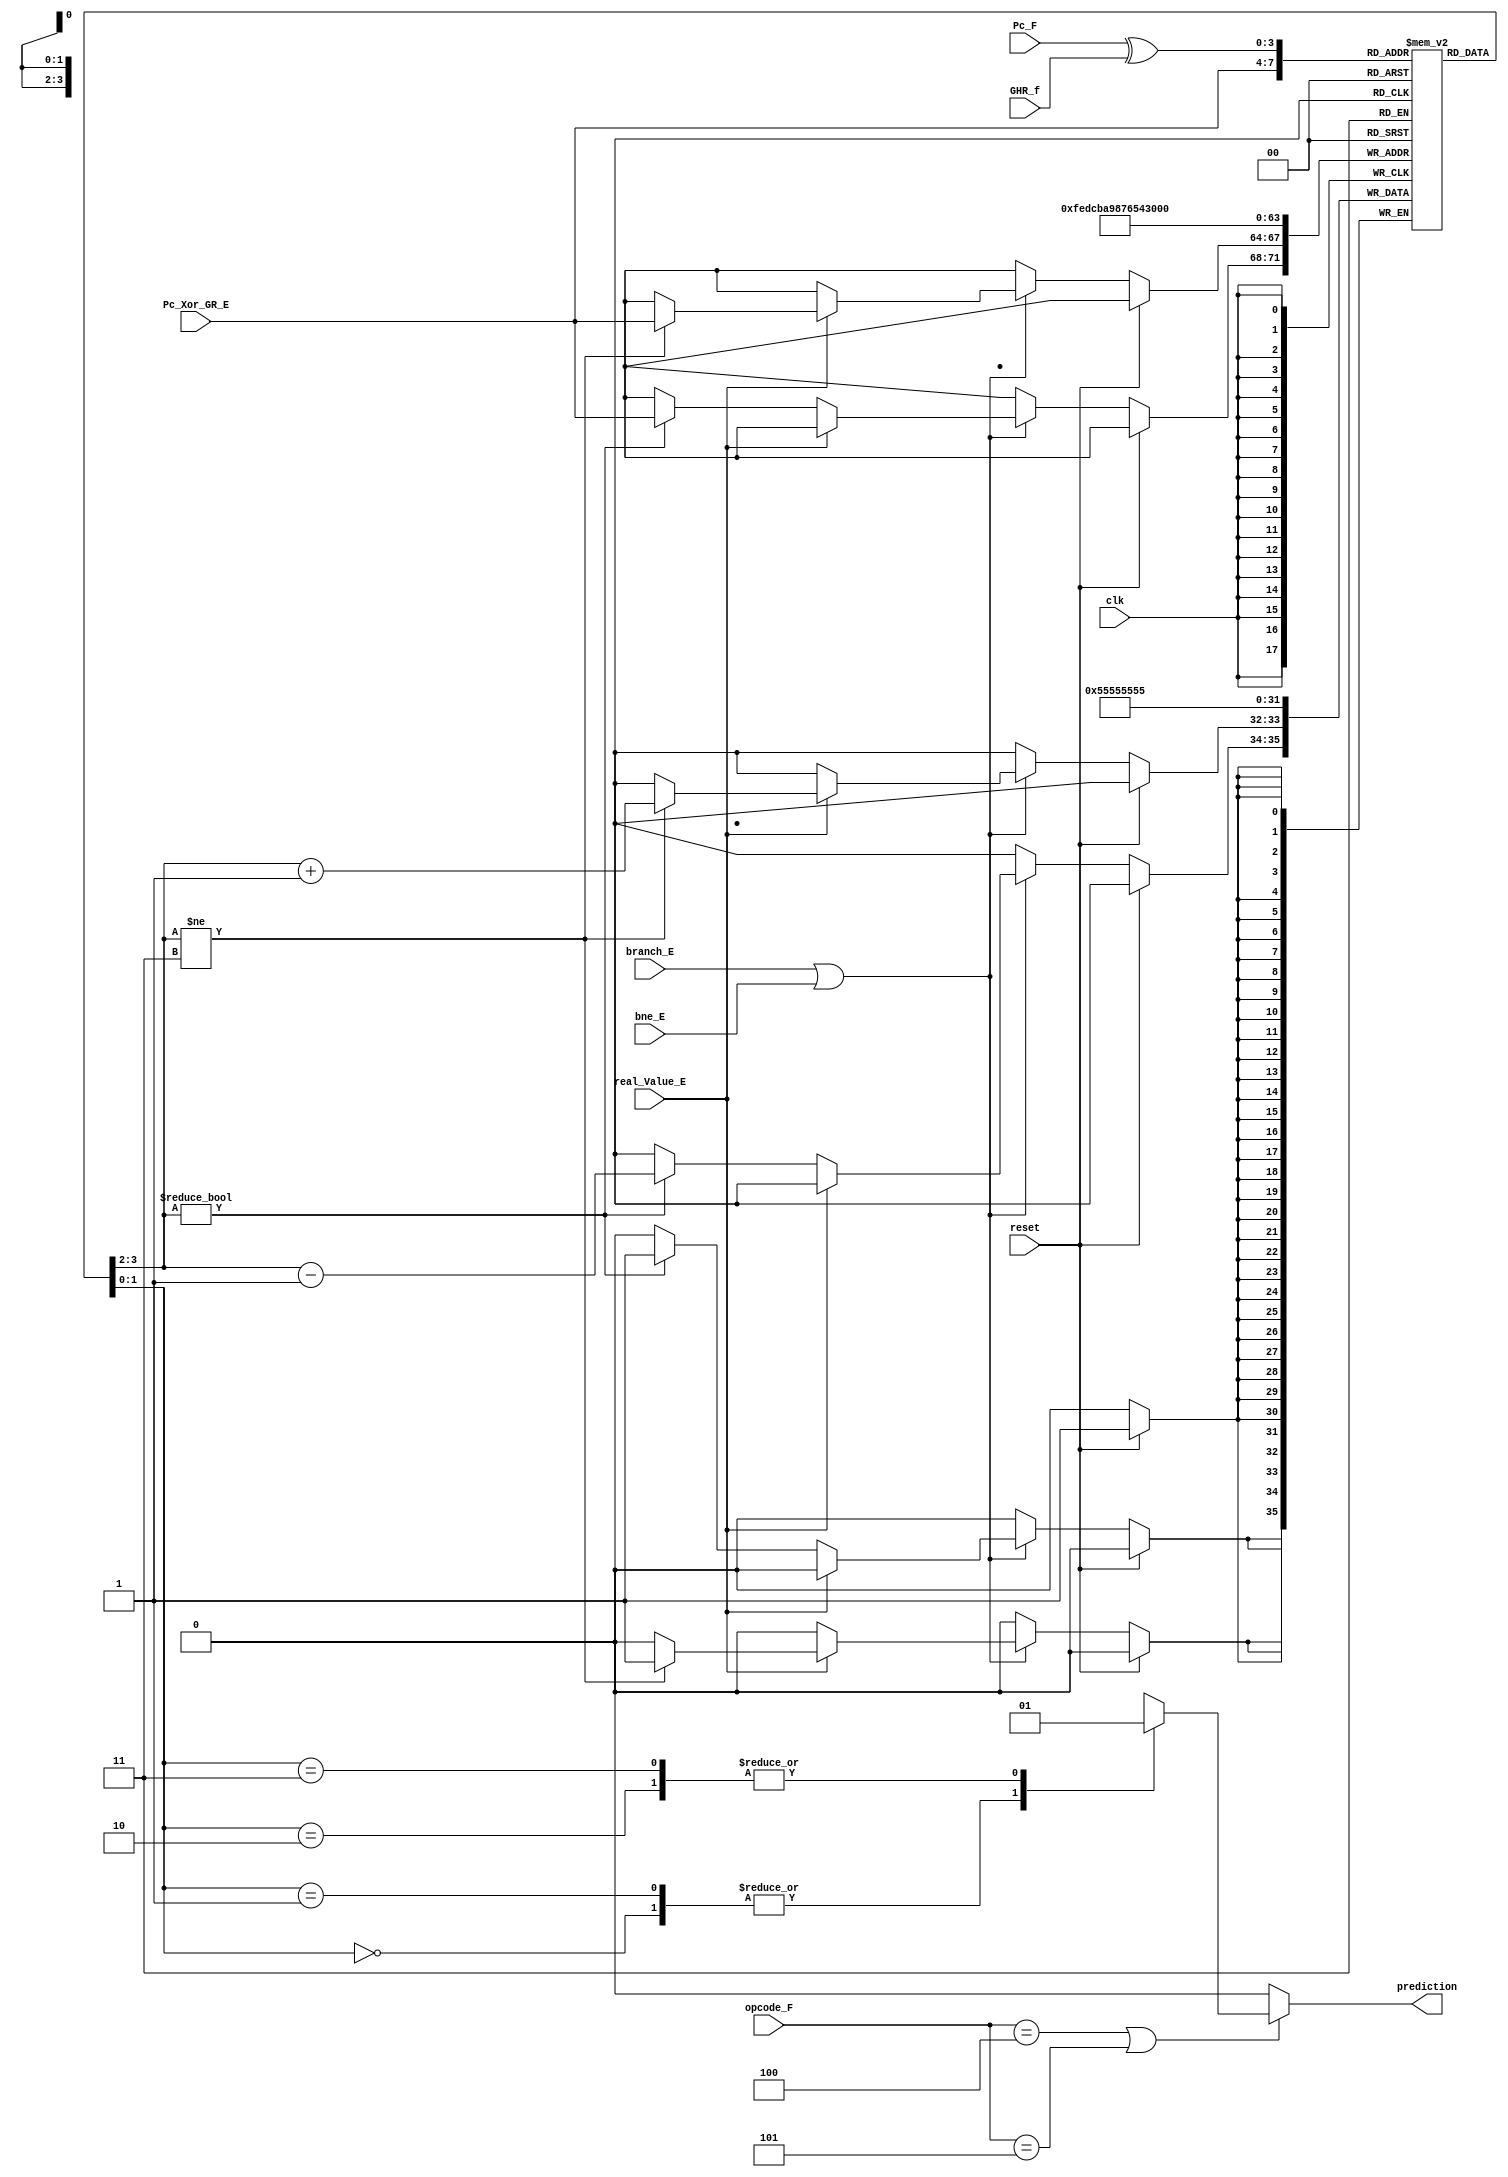
module Direction_Predictor(clk,reset,branch_E, bne_E ,real_Value_E, opcode_F ,Pc_F,GHR_f,Pc_Xor_GR_E,prediction);
	input clk ,reset  ;
	input branch_E , bne_E ;
	input real_Value_E ; /* this signal come from excuation cycle and this is to test if the two registers is equal or not
	                       we don't take it from decode cycle bcz of the length of the critical path*/
	input [5:0] opcode_F ;							  
	input [3:0] Pc_F , GHR_f ; // to read from the PHT
	input [3:0] Pc_Xor_GR_E ; // to write on the PHT , we caculate the Xor in Decode Cycle and take is from Excuation cycle 
 
	output reg prediction ;
	
	reg [1:0] PHTable [15:0] ;
	wire [3:0]Pc_Xor_GR_F = Pc_F ^ GHR_f ; //read
	
	integer i ;
	
	always @(posedge clk)begin
		if(reset)
			for(i=0 ; i <16 ; i=i+1)
				PHTable [i] <= 2'b01 ; //initialize all entries to weakly Taken  
		else begin 
			if(branch_E || bne_E) begin
				if(real_Value_E)begin
					if(PHTable[Pc_Xor_GR_E] != 2'b11)
						PHTable[Pc_Xor_GR_E] <= PHTable[Pc_Xor_GR_E] + 2'b01 ;end 
				else begin
				   if(PHTable[Pc_Xor_GR_E] != 2'b00)
						PHTable[Pc_Xor_GR_E] <= PHTable[Pc_Xor_GR_E] - 2'b01 ;end
			end	    
	
		end
		
	end
	
	always @(*)begin
	if(opcode_F == 6'd4 || opcode_F == 6'd5)
		case(PHTable[Pc_Xor_GR_F])
			2'b00 :  prediction = 1'b0 ; //predict not taken
			2'b01 :  prediction = 1'b0 ; //predict not taken
			2'b10 :  prediction = 1'b1 ; //predict taken
			2'b11 :  prediction = 1'b1 ; //predict taken
			endcase
	else 
		prediction = 1'b0 ; // go to pc + 1 
	end 

endmodule